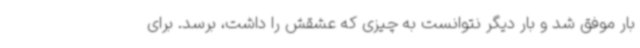
بار موفق شد و بار دیگر نتوانست به چیزی که عشقش را داشت، برسد. برای